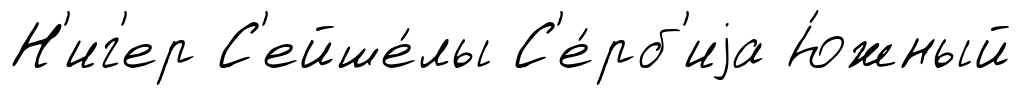
Н'иг'ер С'ейше́лы С'е́рб'иjа Ю́жный